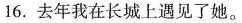
16.去年我在长城上遇见了她。